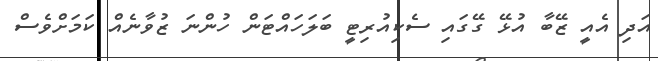
އަދި އެއީ ޒޭބާ އުޅޭ ގޭގައި ސެކިއުރިޓީ ބަލަހައްޓަން ހުންނަ ޒުވާނެއް ކަމަށްވެސް